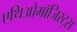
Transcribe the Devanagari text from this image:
एथिओमॉजिस्ट्स